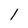
Character: l